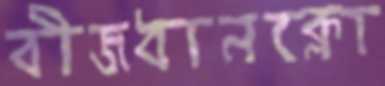
বীজধানক্লো